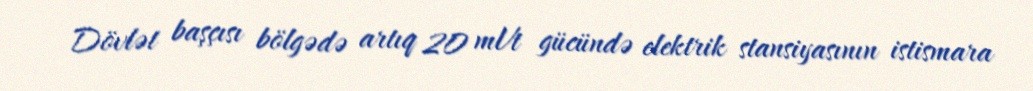
Dövlət başçısı bölgədə artıq 20 mVt gücündə elektrik stansiyasının istismara